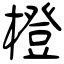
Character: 橙